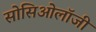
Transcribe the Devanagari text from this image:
सोसिओलॉजी